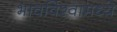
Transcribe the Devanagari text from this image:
भावविश्वामध्ये